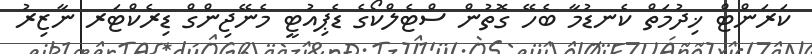
ކަރަންޓް ޚިދުމަތް ކެނޑުމާ ބެހޭ ގޮތުން ސްޓެލްކޯގެ ޑެޕިިއުޓީ މެނޭޖިންގް ޑިރެކްޓަރ ނާޒިރު